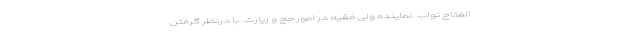
الفتاح نواب ـ‌ نماینده ولی فقیه در امور حج و زیارت ـ با درنظر گرفتن